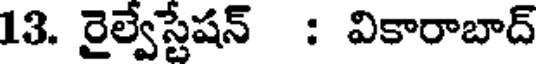
13. రైల్వేస్టేషన్ : వికారాబాద్